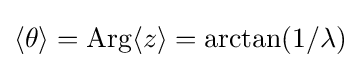
\langle \theta \rangle =\mathrm {Arg} \langle z\rangle =\arctan(1/\lambda )